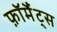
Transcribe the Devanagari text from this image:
फ़ॉर्मैट्स